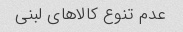
عدم تنوع کالاهای لبنی